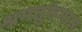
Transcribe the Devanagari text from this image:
श्रमतुरुंगास